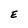
Character: E